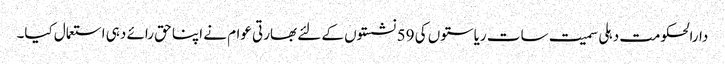
دارالحکومت دہلی سمیت سات ریاستوں کی 59 نشستوں کے لئے بھارتی عوام نے اپنا حق رائے دہی استعمال کیا۔